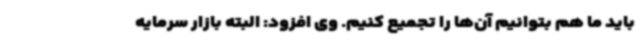
باید ما هم بتوانیم آن‌ها را تجمیع کنیم. وی افزود: البته بازار سرمایه